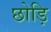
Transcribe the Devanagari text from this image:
छोड़ि